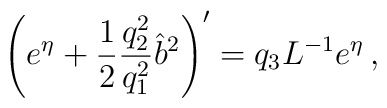
\left( e^\eta + \frac{1}{2} \frac{q_2^2}{q_1^2}\hat{b}^2 \right)' = q_3 L^{-1} e^\eta \,,